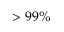
> 9 9 \%